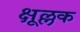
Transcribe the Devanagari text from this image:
क्षूल्लक